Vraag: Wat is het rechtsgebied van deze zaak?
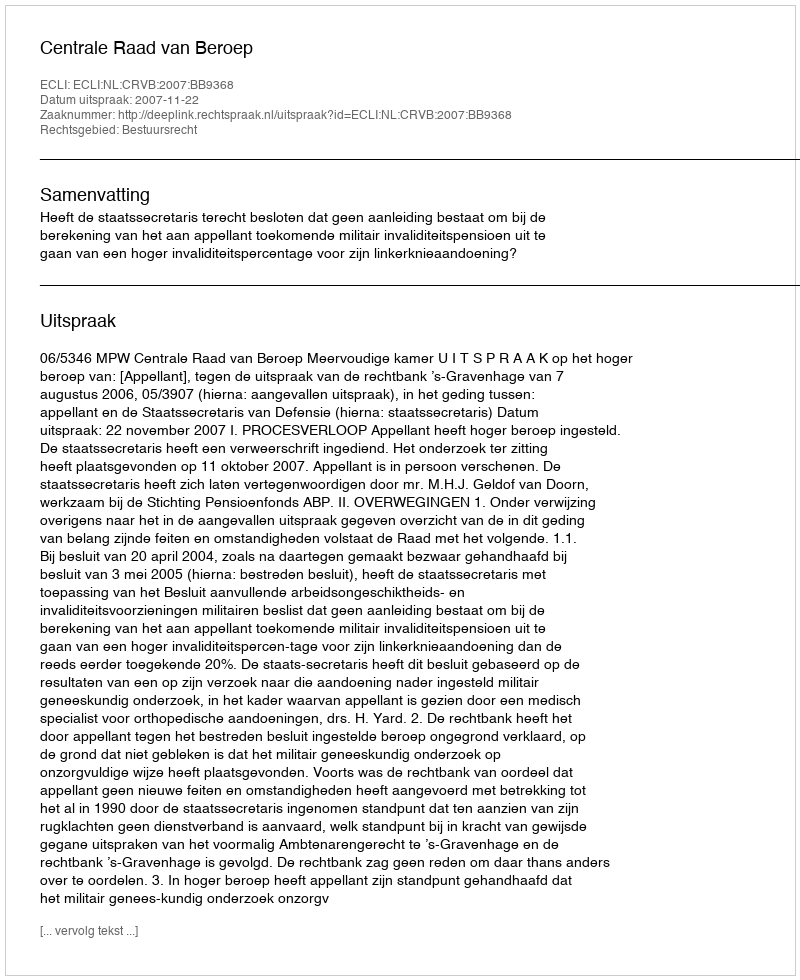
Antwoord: Bestuursrecht